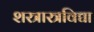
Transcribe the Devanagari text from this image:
शस्त्रास्त्रविद्या